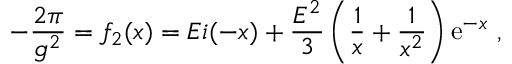
- { \frac { 2 \pi } { g ^ { 2 } } } = f _ { 2 } ( x ) = E i ( - x ) + { \frac { { \cal E } ^ { 2 } } { 3 } } \left( { \frac { 1 } { x } } + { \frac { 1 } { x ^ { 2 } } } \right) { \mathrm e } ^ { - x } \ ,